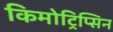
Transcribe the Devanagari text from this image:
किमोट्रिप्सिन